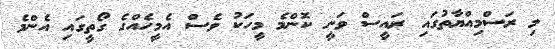
މި ރަސްމިއްޔާތުގައި ރައީސް ވަނީ ކޮންމެ މީހަކު ވެސް އެމީހެއްގެ ގޯތީގައި އެންމެ